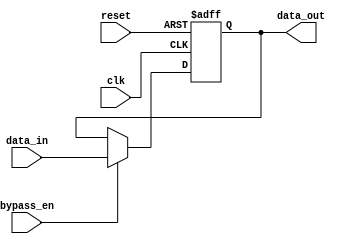
module bypass_register(
    input wire clk,
    input wire reset,
    input wire bypass_en,
    input wire [7:0] data_in,
    output reg [7:0] data_out
);

reg [7:0] bypass_reg;

always @(posedge clk or posedge reset) begin
    if (reset) begin
        bypass_reg <= 8'b0;
    end else if (bypass_en) begin
        bypass_reg <= data_in;
    end
end

assign data_out = bypass_reg;

endmodule